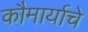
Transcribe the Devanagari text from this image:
कौमार्याचे